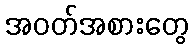
အဝတ်အစားတွေ